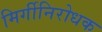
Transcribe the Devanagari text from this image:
मिर्गीनिरोधक